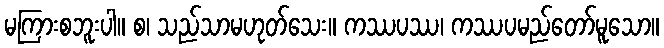
မကြားစဘူးပါ။ စ၊ သည်သာမဟုတ်သေး။ ကဿပဿ၊ ကဿပမည်တော်မူသော။